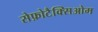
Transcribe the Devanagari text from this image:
सेफ़ोटैक्सिओम